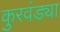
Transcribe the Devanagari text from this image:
कुरवंड्या